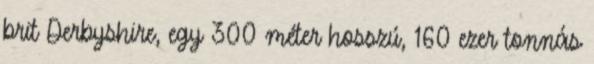
brit Derbyshire, egy 300 méter hosszú, 160 ezer tonnás